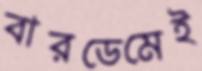
বারডেমেই